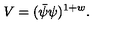
V = ( \bar { \psi } \psi ) ^ { 1 + w } .